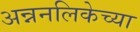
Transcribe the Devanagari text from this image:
अन्ननलिकेच्या